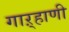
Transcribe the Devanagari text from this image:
गाऱ्हाणी